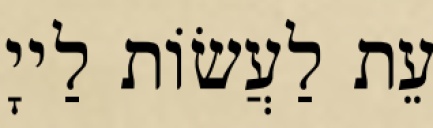
עֵת לַעֲשׂוֹת לַייָ